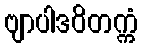
ဗျာပါဒဝိတက္ကံ